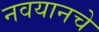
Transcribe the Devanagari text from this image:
नवयानचे